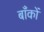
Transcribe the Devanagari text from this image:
बाँकों